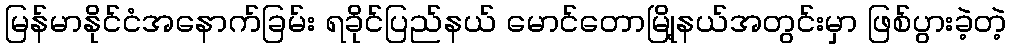
မြန်မာနိုင်ငံအနောက်ခြမ်း ရခိုင်ပြည်နယ် မောင်တောမြို့နယ်အတွင်းမှာ ဖြစ်ပွားခဲ့တဲ့